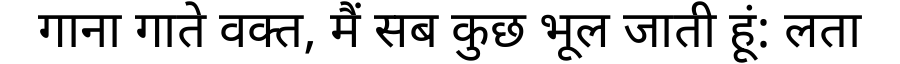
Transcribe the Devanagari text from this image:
गाना गाते वक्त, मैं सब कुछ भूल जाती हूं: लता